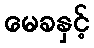
မေခနှင့်